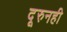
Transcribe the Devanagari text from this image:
दूरुनही